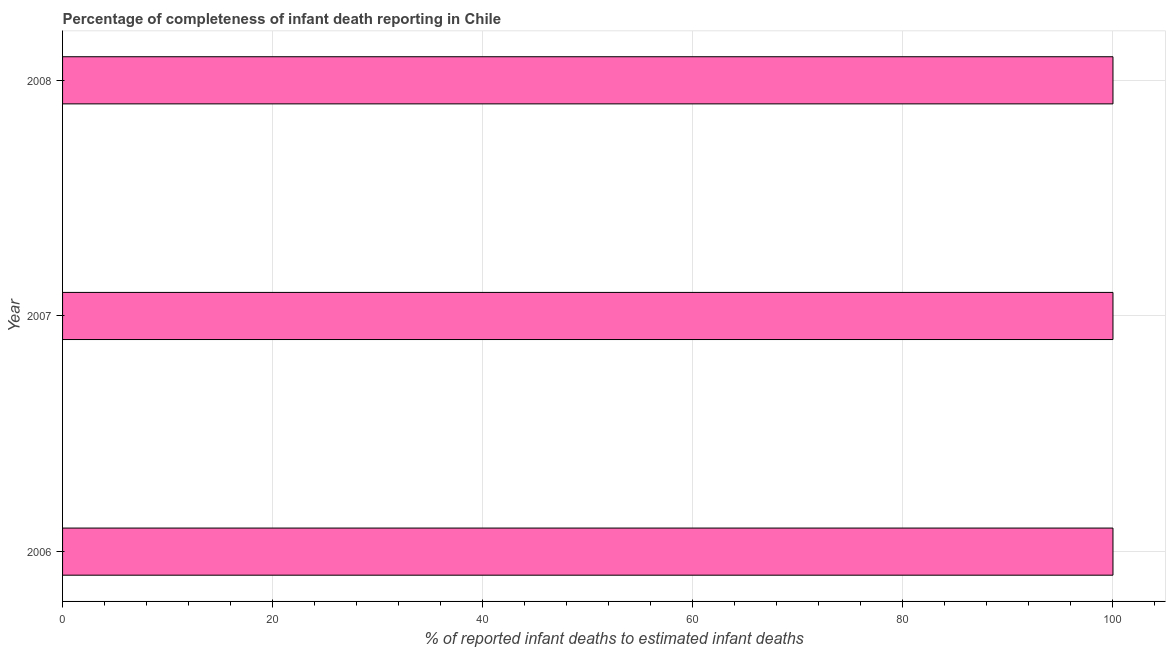
| Year | Completeness of infant death reporting |
 | --- | --- |
 | 2006 | 100 |
 | 2007 | 100 |
 | 2008 | 100 |